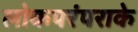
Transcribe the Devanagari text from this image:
लोकपरंपराके